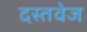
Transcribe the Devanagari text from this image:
दस्तवेज